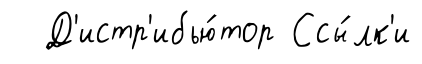
Д'истр'ибью́тор Ссы́лк'и